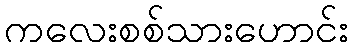
ကလေးစစ်သားဟောင်း